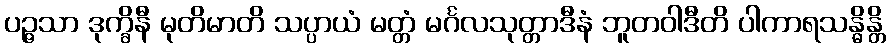
ပဉ္ဇသာ ဒုက္ခိနီ မုတိမာတိ သပ္ပာယံ မတ္တံ မင်္ဂလသုတ္တာဒီနံ ဘူတဝါဒီတိ ပါကာရသန္ဓိန္တိ